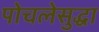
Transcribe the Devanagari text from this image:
पोचलेसुद्धा